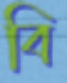
বি